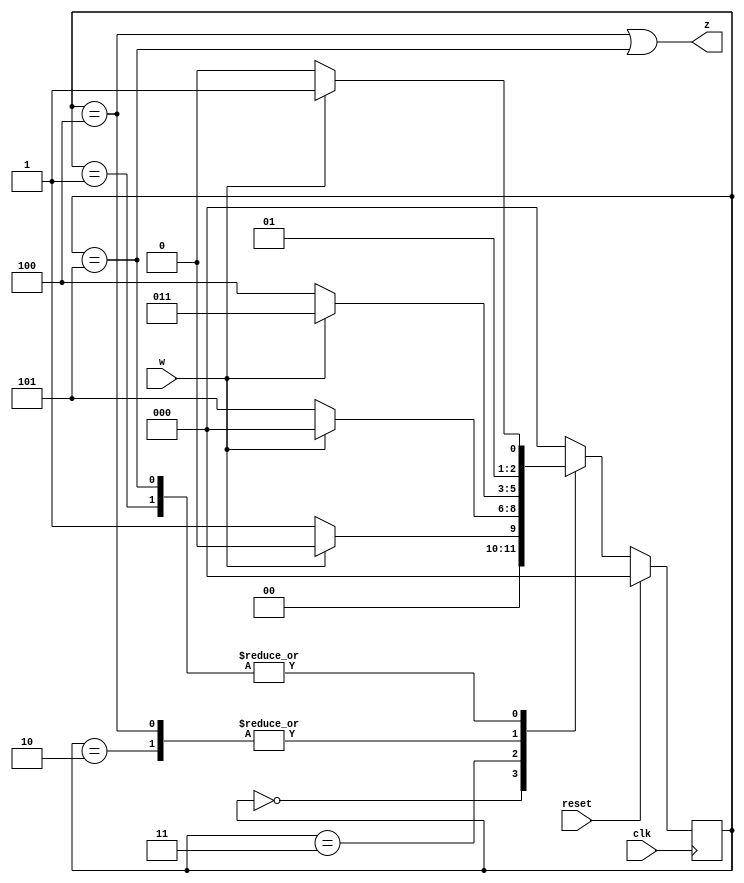
module top_module (
    input clk,
    input reset,     // synchronous reset
    input w,
    output z);
    
    parameter A=3'b000, B=3'b001, C=3'b010, D=3'b011, E=3'b100, F=3'b101;
    reg [2:0] state, next_state;
    
    always @(posedge clk) begin
        if(reset)
            state <= A;
        else
            state <= next_state;
    end
    
    always @(*) begin
        case(state)
            A : next_state <= w ? A : B;
            B : next_state <= w ? D : C;
            C : next_state <= w ? D : E;
            D : next_state <= w ? A : F;
            E : next_state <= w ? D : E;
            F : next_state <= w ? D : C;
            default: next_state <= A;
        endcase
    end
    
    assign z = state == E || state == F;

endmodule